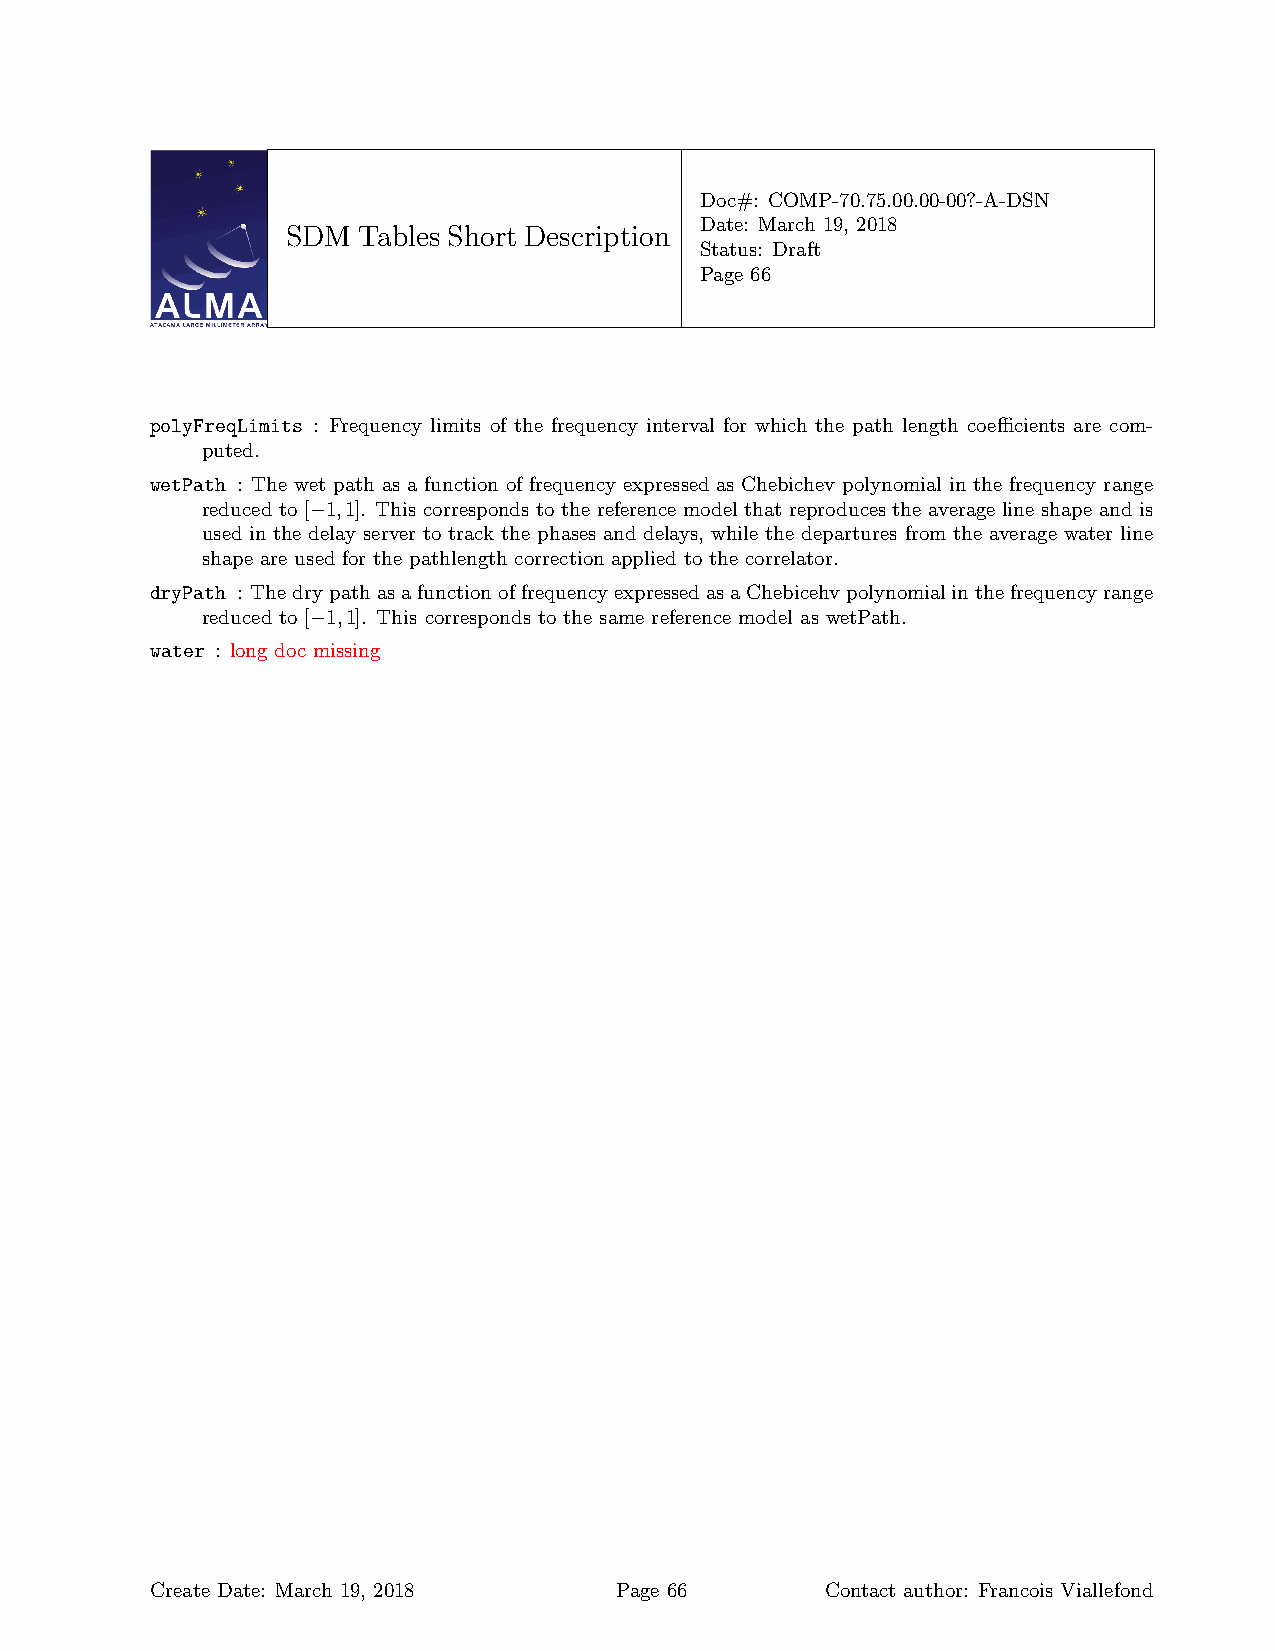
Doc#: COMP-70.75.00.00-00?-A-DSN
 Date: March 19, 2018
 SDM  Tables Short Description
 Status: Draft
 Page 66
 polyFreqLimits : Frequency limits of the frequency interval for which the path length coefficients are com-
 puted.
 wetPath : The wet path as a function of frequency expressed as Chebichev polynomial in the frequency range
 reduced to [−1,1]. This corresponds to the reference model that reproduces the average line shape and is
 used in the delay server to track the phases and delays, while the departures from the average water line
 shape are used for the pathlength correction applied to the correlator.
 dryPath : ThedrypathasafunctionoffrequencyexpressedasaChebicehvpolynomialinthefrequencyrange
 reduced to [−1,1]. This corresponds to the same reference model as wetPath.
 water : long doc missing
 Create Date: March 19, 2018    Page 66       Contact author: Francois Viallefond